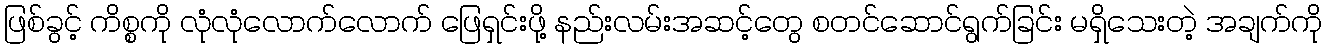
ဖြစ်ခွင့် ကိစ္စကို လုံလုံလောက်လောက် ဖြေရှင်းဖို့ နည်းလမ်းအဆင့်တွေ စတင်ဆောင်ရွက်ခြင်း မရှိသေးတဲ့ အချက်ကို